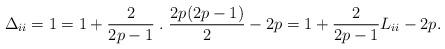
LaTeX: \begin{align*}\Delta_{ii}=1=1+\frac{2}{2p-1} \; . \; \frac{2p(2p-1)}{2} -2p=1 +\frac{2}{2p-1} L_{ii} -2p.\end{align*}